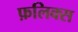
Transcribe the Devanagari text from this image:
फ़लिक्स